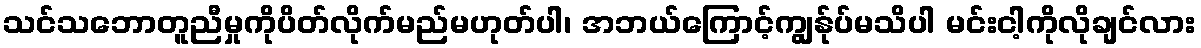
သင်သဘောတူညီမှုကိုပိတ်လိုက်မည်မဟုတ်ပါ၊ အဘယ်ကြောင့်ကျွန်ုပ်မသိပါ မင်းငါ့ကိုလိုချင်လား